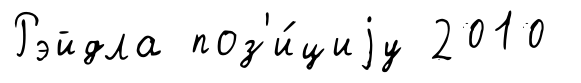
Рэйдла поз'и́циjу 2010